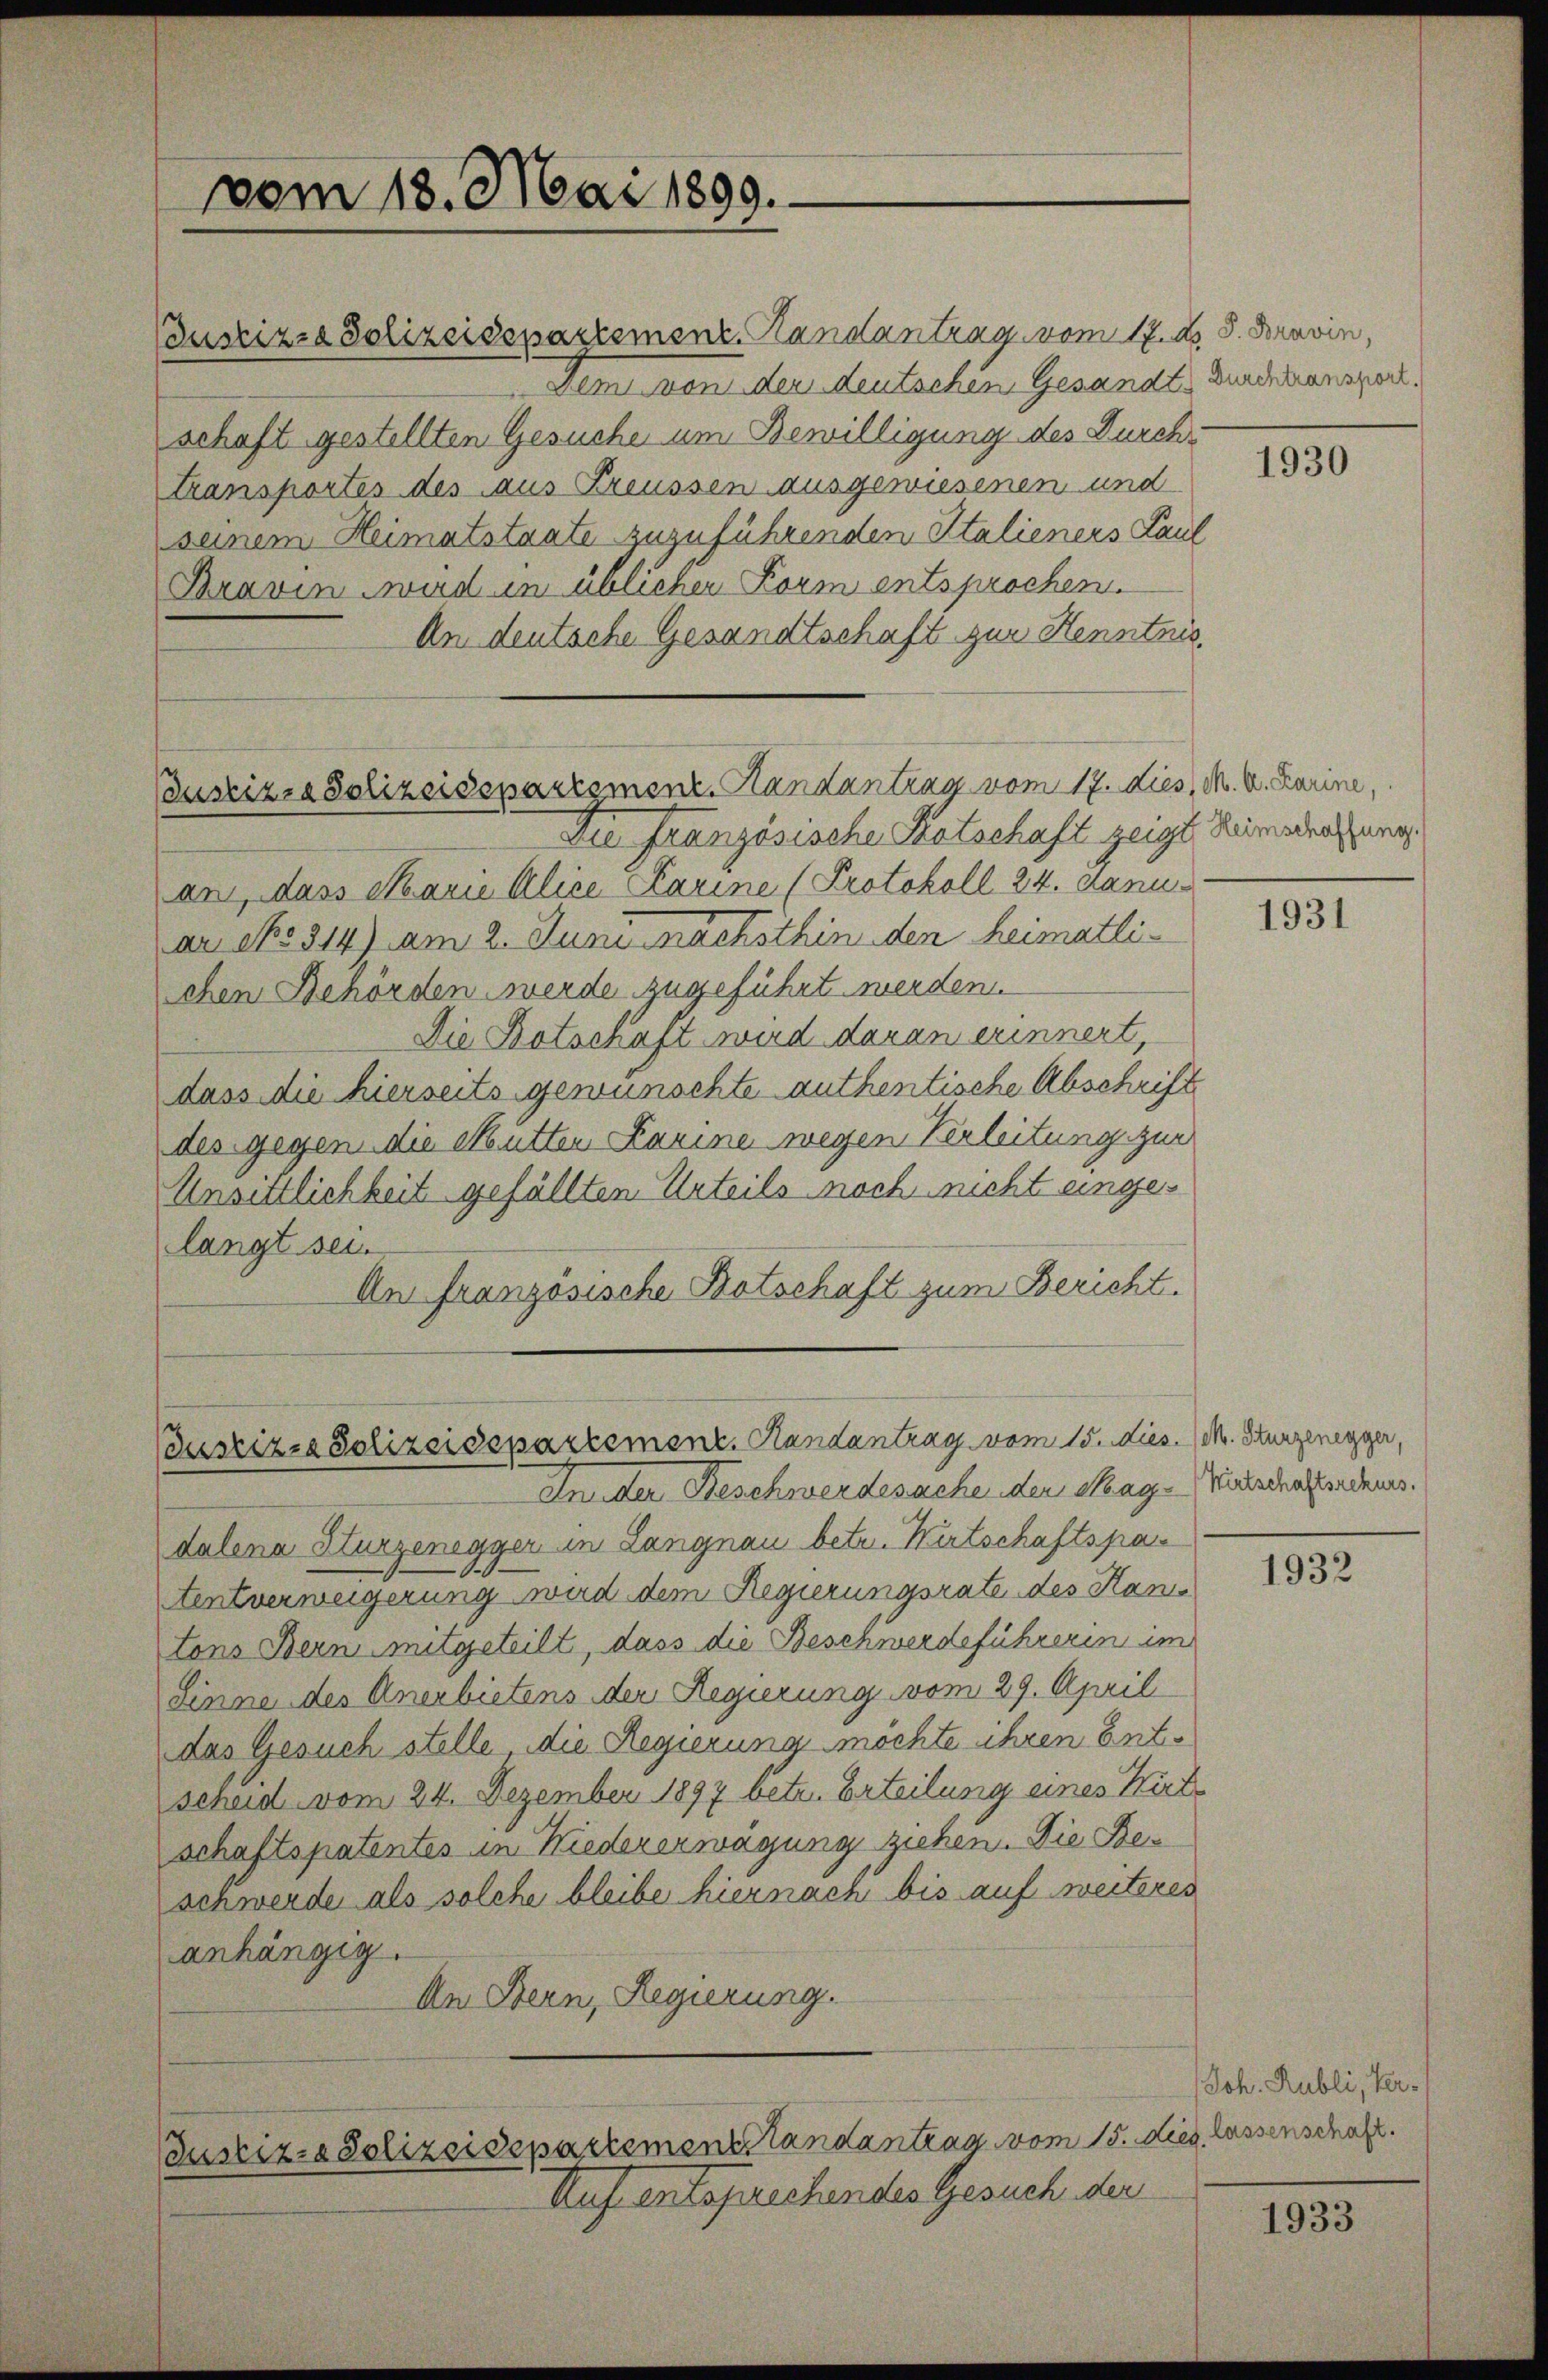
vom 18. Mai 1899.

Bustiz- & Polizeisepartement. Handantrag vom 17. dies, M. D. Karine,

Bustiz- Polizeisepartemenz-Handantrag vom 17. ds. 8. Janvin,
Dem von der deutschen Gesandt. Durchransport.
schaft gestellten Gesuche um Bewilligung des Durchi
transportes des aus Preussen ausgewiesenen und
seinem Heimatstaate zuzuführenden Italieners Paul
Bravin wird in üblichen Form entsprochen.
An deutsche Gesandtschaft zur Henntnis.
Die Französische Protschaft zeigt, meindrathung
an, dass Marie Alice Carine (Protokoll 24. Janu
an No 914) am 2. Juni nächsthin den heimatlichen Behörden werde zugeführt werden.
Die Botschaft wird daran erinnert
dass die hierseits gewünschte authentische Abschrift
des gegen die Mutten Lamine wegen Verleitung zur
Unsittlichkeit gefällten Urteils noch nicht eingelangt sei.
An französische Kotschaft zum Bericht.

Custizia Polizeisepartement. Handantrag vom 15. die
In der Beschwerdesachen der sage Windschaftsachens.

Justiz- & Polizeidepartementstandantrag vom 15.

Auf entsprechendes Gesuch der

dalena Hurzenegger in Langnau betr. Wirtschaftspan
tentverweigerung wird dem Regierungsrate des Kantons Bern mitgeteilt, dass die Beschwerdeführerin im
Linne des Anerbietens der Regierung vom 29. April
das Gesuch stelle, die Regierung möchte ihren Entscheid vom 24. Dezember 1897 betr. Erteilung eines Wirt
schaftspatentes in Niedererwägung ziehen. Die Beschwerde als solche bleibe hiernach bis auf weiteres
anhängig.
An Bern, Regierung.

1930

1931

3. /M. Sturzenegger,

1932

Joh. Rubli, Ver-
dies, lassenschaft.

1933